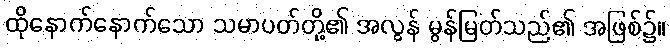
ထိုနောက်နောက်သော သမာပတ်တို့၏ အလွန် မွန်မြတ်သည်၏ အဖြစ်၌။